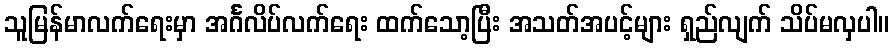
သူမြန်မာလက်ရေးမှာ အင်္ဂလိပ်လက်ရေး ထက်သော့ပြီး အသတ်အပင့်များ ရှည်လျက် သိပ်မလှပါ။